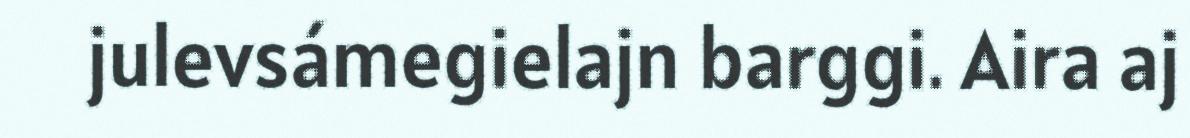
julevsámegielajn barggi. Aira aj